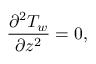
\frac { \partial ^ { 2 } T _ { w } } { \partial z ^ { 2 } } = 0 ,